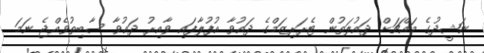
ނަޝީދުގެ މައްޗަށް ދައުލަތުން ޓެރަރިޒަމްގެ ދައުވާ އުފުލާފައި ވާއިރު ދައުވާ ސާބިތުވެއްޖެ ނަމަ